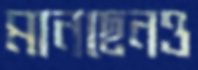
মানছেনও